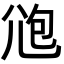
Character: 𡯚